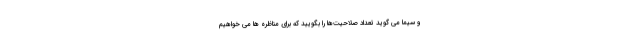
و سیما می گوید تعداد صلاحیت‌ها را بگویید که برای مناظره ها می خواهیم